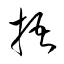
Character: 梧